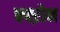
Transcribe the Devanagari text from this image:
क्फ्ऱोन